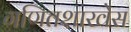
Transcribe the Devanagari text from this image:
गणितशाखेस